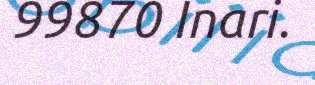
99870 Inari.